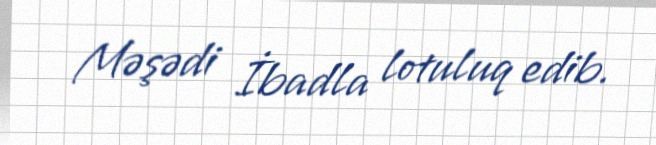
Məşədi İbadla lotuluq edib.